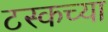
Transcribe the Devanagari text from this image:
टस्कच्या